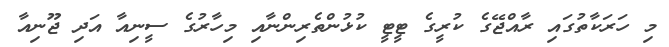
މި ހަރަކާތުގައި ރާއްޖޭގެ ކުރީގެ ޓީޓީ ކުޅުންތެރިންނާއި މިހާރުގެ ސީނިއާ އަދި ޖޫނިއާ